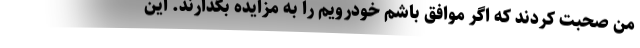
من صحبت کردند که اگر موافق باشم خودرویم را به مزایده بگذارند. این